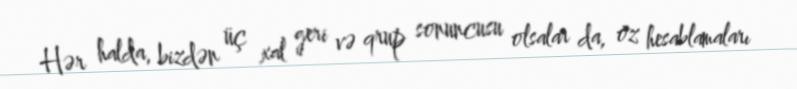
Hər halda, bizdən üç xal geri və qrup sonuncusu olsalar da, öz hesablamaları